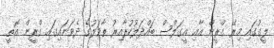
ލީގުގައި މިރޭ ގްރީން އާއި އީގަލްސް ބައްދަލުކުރާއިރު ތާވަލުގެ ދެވަނައިގައި ގްރީން އޮތީ